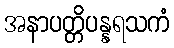
အနာပတ္တိပန္နရသကံ